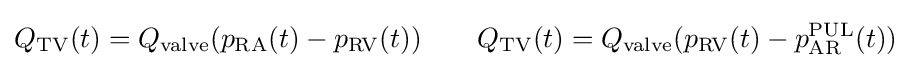
Q_{\mathrm {TV} }(t)=Q_{\mathrm {valve} }(p_{\mathrm {RA} }(t)-p_{\mathrm {RV} }(t))\qquad Q_{\mathrm {TV} }(t)=Q_{\mathrm {valve} }(p_{\mathrm {RV} }(t)-p_{\mathrm {AR} }^{\mathrm {PUL} }(t))